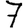
Digit: 7